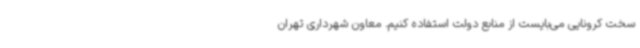
سخت کرونایی می‌بایست از منابع دولت استفاده کنیم. معاون شهرداری تهران